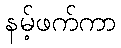
နမ့်ဖက်ကာ